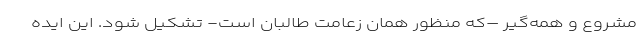
مشروع و همه‌گیر –که منظور همان زعامت طالبان است- تشکیل شود. این ایده